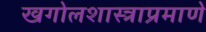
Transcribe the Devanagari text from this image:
खगोलशास्त्राप्रमाणे